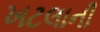
ખટલાની